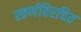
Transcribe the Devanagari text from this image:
स्वर्णविरचित